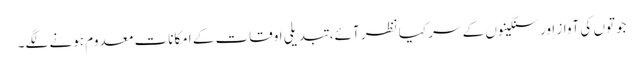
جوتوں کی آواز اور سنگینوں کے سر کیا نظر آئے، تبدیلیِ اوقات کے امکانات معدوم ہونے لگے۔